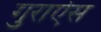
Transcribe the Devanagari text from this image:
गुराऐस